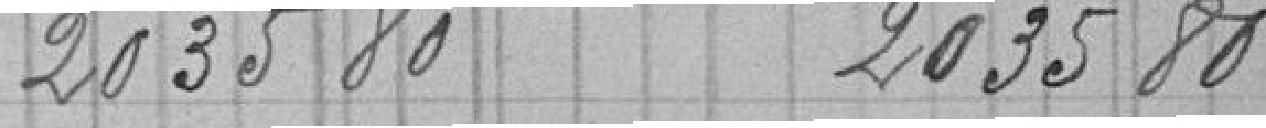
2035.80 2035.80